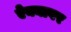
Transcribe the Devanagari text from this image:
ऐक्यावर